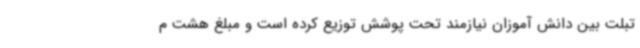
تبلت بین دانش آموزان نیازمند تحت پوشش توزیع کرده است و مبلغ هشت م